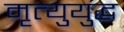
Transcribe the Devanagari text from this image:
मृत्युयुद्ध